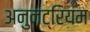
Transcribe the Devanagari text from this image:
अनुनट्रियम